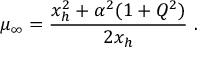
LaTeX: \mu _ { \infty } = { \frac { x _ { h } ^ { 2 } + \alpha ^ { 2 } ( 1 + Q ^ { 2 } ) } { 2 x _ { h } } } \ .